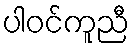
ပါဝင်ကူညီ